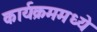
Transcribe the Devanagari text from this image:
कार्यक्रममध्ये